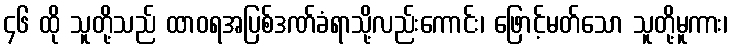
၄၆ ထို သူတို့သည် ထာဝရအပြစ်ဒဏ်ခံရာသို့လည်းကောင်း၊ ဖြောင့်မတ်သော သူတို့မူကား၊